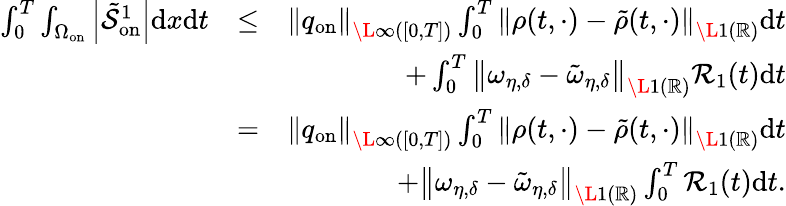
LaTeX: \begin{array}{rlr}{\int_{0}^{T}\int_{\Omega_{\mathrm{on}}}\left|\tilde{\mathcal{S}}_{\mathrm{on}}^{1}\right|\mathrm{d}x\mathrm{d}t}&{\leq}&{{\left\| q_{\mathrm{on}}\right\| _{\L{\infty}([0,T])}}\int_{0}^{T}\left\| \rho(t,\cdot)-\tilde{\rho}(t,\cdot)\right\| _{\L{1}(\mathbb{R})}\mathrm{d}t}\\ &{}&{+\int_{0}^{T}\left\| \omega_{\eta,\delta}-\tilde{\omega}_{\eta,\delta}\right\| _{\L{1}(\mathbb{R})}\mathcal{R}_{1}(t)\mathrm{d}t}\\ &{=}&{\left\| q_{\mathrm{on}}\right\| _{\L{\infty}([0,T])}\int_{0}^{T}\left\| \rho(t,\cdot)-\tilde{\rho}(t,\cdot)\right\| _{\L{1}(\mathbb{R})}\mathrm{d}t}\\ &{}&{+\left\| \omega_{\eta,\delta}-\tilde{\omega}_{\eta,\delta}\right\| _{\L{1}(\mathbb{R})}\int_{0}^{T}\mathcal{R}_{1}(t)\mathrm{d}t.}\end{array}